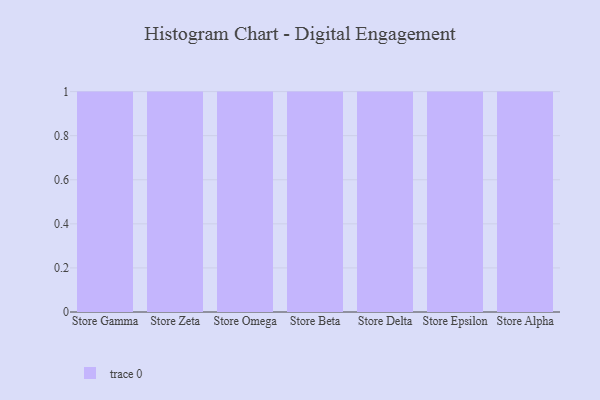
{"axis": {"x": "Store", "y": "Satisfaction Score"}, "legend": [""], "data": [{"x": "Store Gamma", "y": 95, "type": ""}, {"x": "Store Zeta", "y": 36, "type": ""}, {"x": "Store Omega", "y": 30, "type": ""}, {"x": "Store Beta", "y": 73, "type": ""}, {"x": "Store Delta", "y": 80, "type": ""}, {"x": "Store Epsilon", "y": 80, "type": ""}, {"x": "Store Alpha", "y": 52, "type": ""}]}